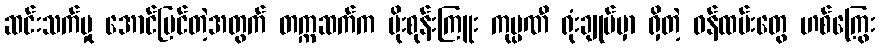
ဆင်းသက်မှု အောင်မြင်တဲ့အတွက် တက္ကဆက်က ပိုးစုန်းကြူး ကုမ္ပဏီ ရုံးချုပ်မှာ ရှိတဲ့ ဝန်ထမ်းတွေ ဟစ်ကြွေး